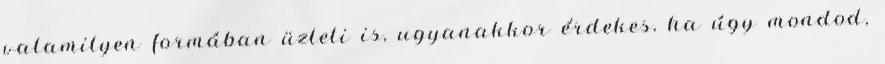
valamilyen formában üzleti is, ugyanakkor érdekes, ha úgy mondod,